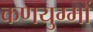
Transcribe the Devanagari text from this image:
कणयुग्मों